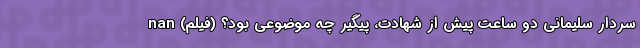
سردار سلیمانی دو ساعت پیش از شهادت، پیگیر چه موضوعی بود؟ (فیلم) nan